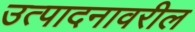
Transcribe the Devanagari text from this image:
उत्पादनावरील